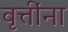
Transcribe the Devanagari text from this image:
वृत्तींना